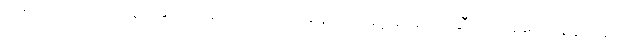
ဒုတိယဒြပ်ပေါင်းတွင် နိုက်ထရိုဂျင် အလေးချိန် ၇ဆနှင့် အောက်ဆီဂျင် အလေးချိန် ၈ဆ။